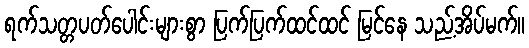
ရက်သတ္တပတ်ပေါင်းများစွာ ပြက်ပြက်ထင်ထင် မြင်နေ သည့်အိပ်မက်။